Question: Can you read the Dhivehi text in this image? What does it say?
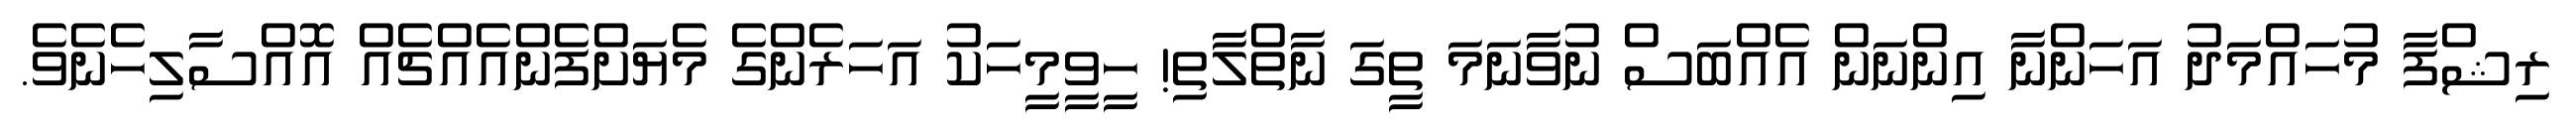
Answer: ރިޝްފާ މުހައްމަދު އަހަންނާ އިންނަން އެއްބަސް ނުވާނަމަ ތީގަ ނާތްލާތި! ހީވީމީހަކު އަހަރެންގެ މެޔަށްފެންއެއްޗެއް އޮއްސާލިހެނެވެ.